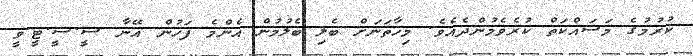
ކުރުމުގެ މަސައްކަތް ކުރެވެމުންދެއެވެ. މިހާތަނަށް ބެލި ބެލުމުން އެންމެ ފަހުން އޭނާ ސީ.ސީ.ޓީ.ވީ